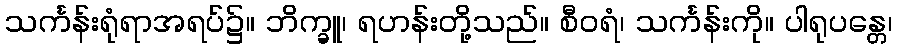
သင်္ကန်းရုံရာအရပ်၌။ ဘိက္ခူ၊ ရဟန်းတို့သည်။ စီဝရံ၊ သင်္ကန်းကို။ ပါရုပန္တေ၊